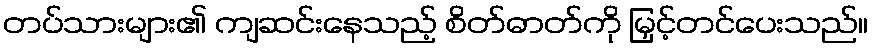
တပ်သားများ၏ ကျဆင်းနေသည့် စိတ်ဓာတ်ကို မြှင့်တင်ပေးသည်။